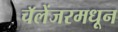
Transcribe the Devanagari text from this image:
चॅलेंजरमधून